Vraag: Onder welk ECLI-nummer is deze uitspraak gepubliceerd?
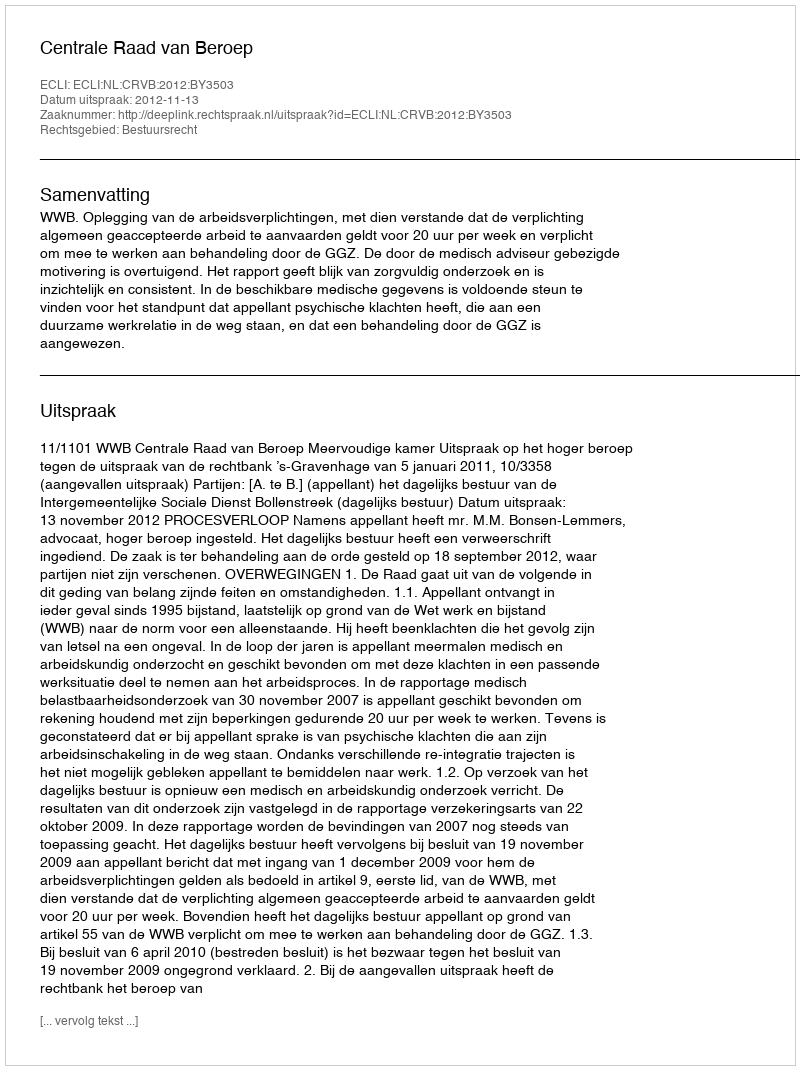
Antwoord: ECLI:NL:CRVB:2012:BY3503